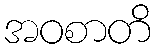
အဝစာတိ